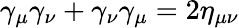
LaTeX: \gamma_{\mu}\gamma_{\nu}+\gamma_{\nu}\gamma_{\mu}=2\eta_{\mu\nu}